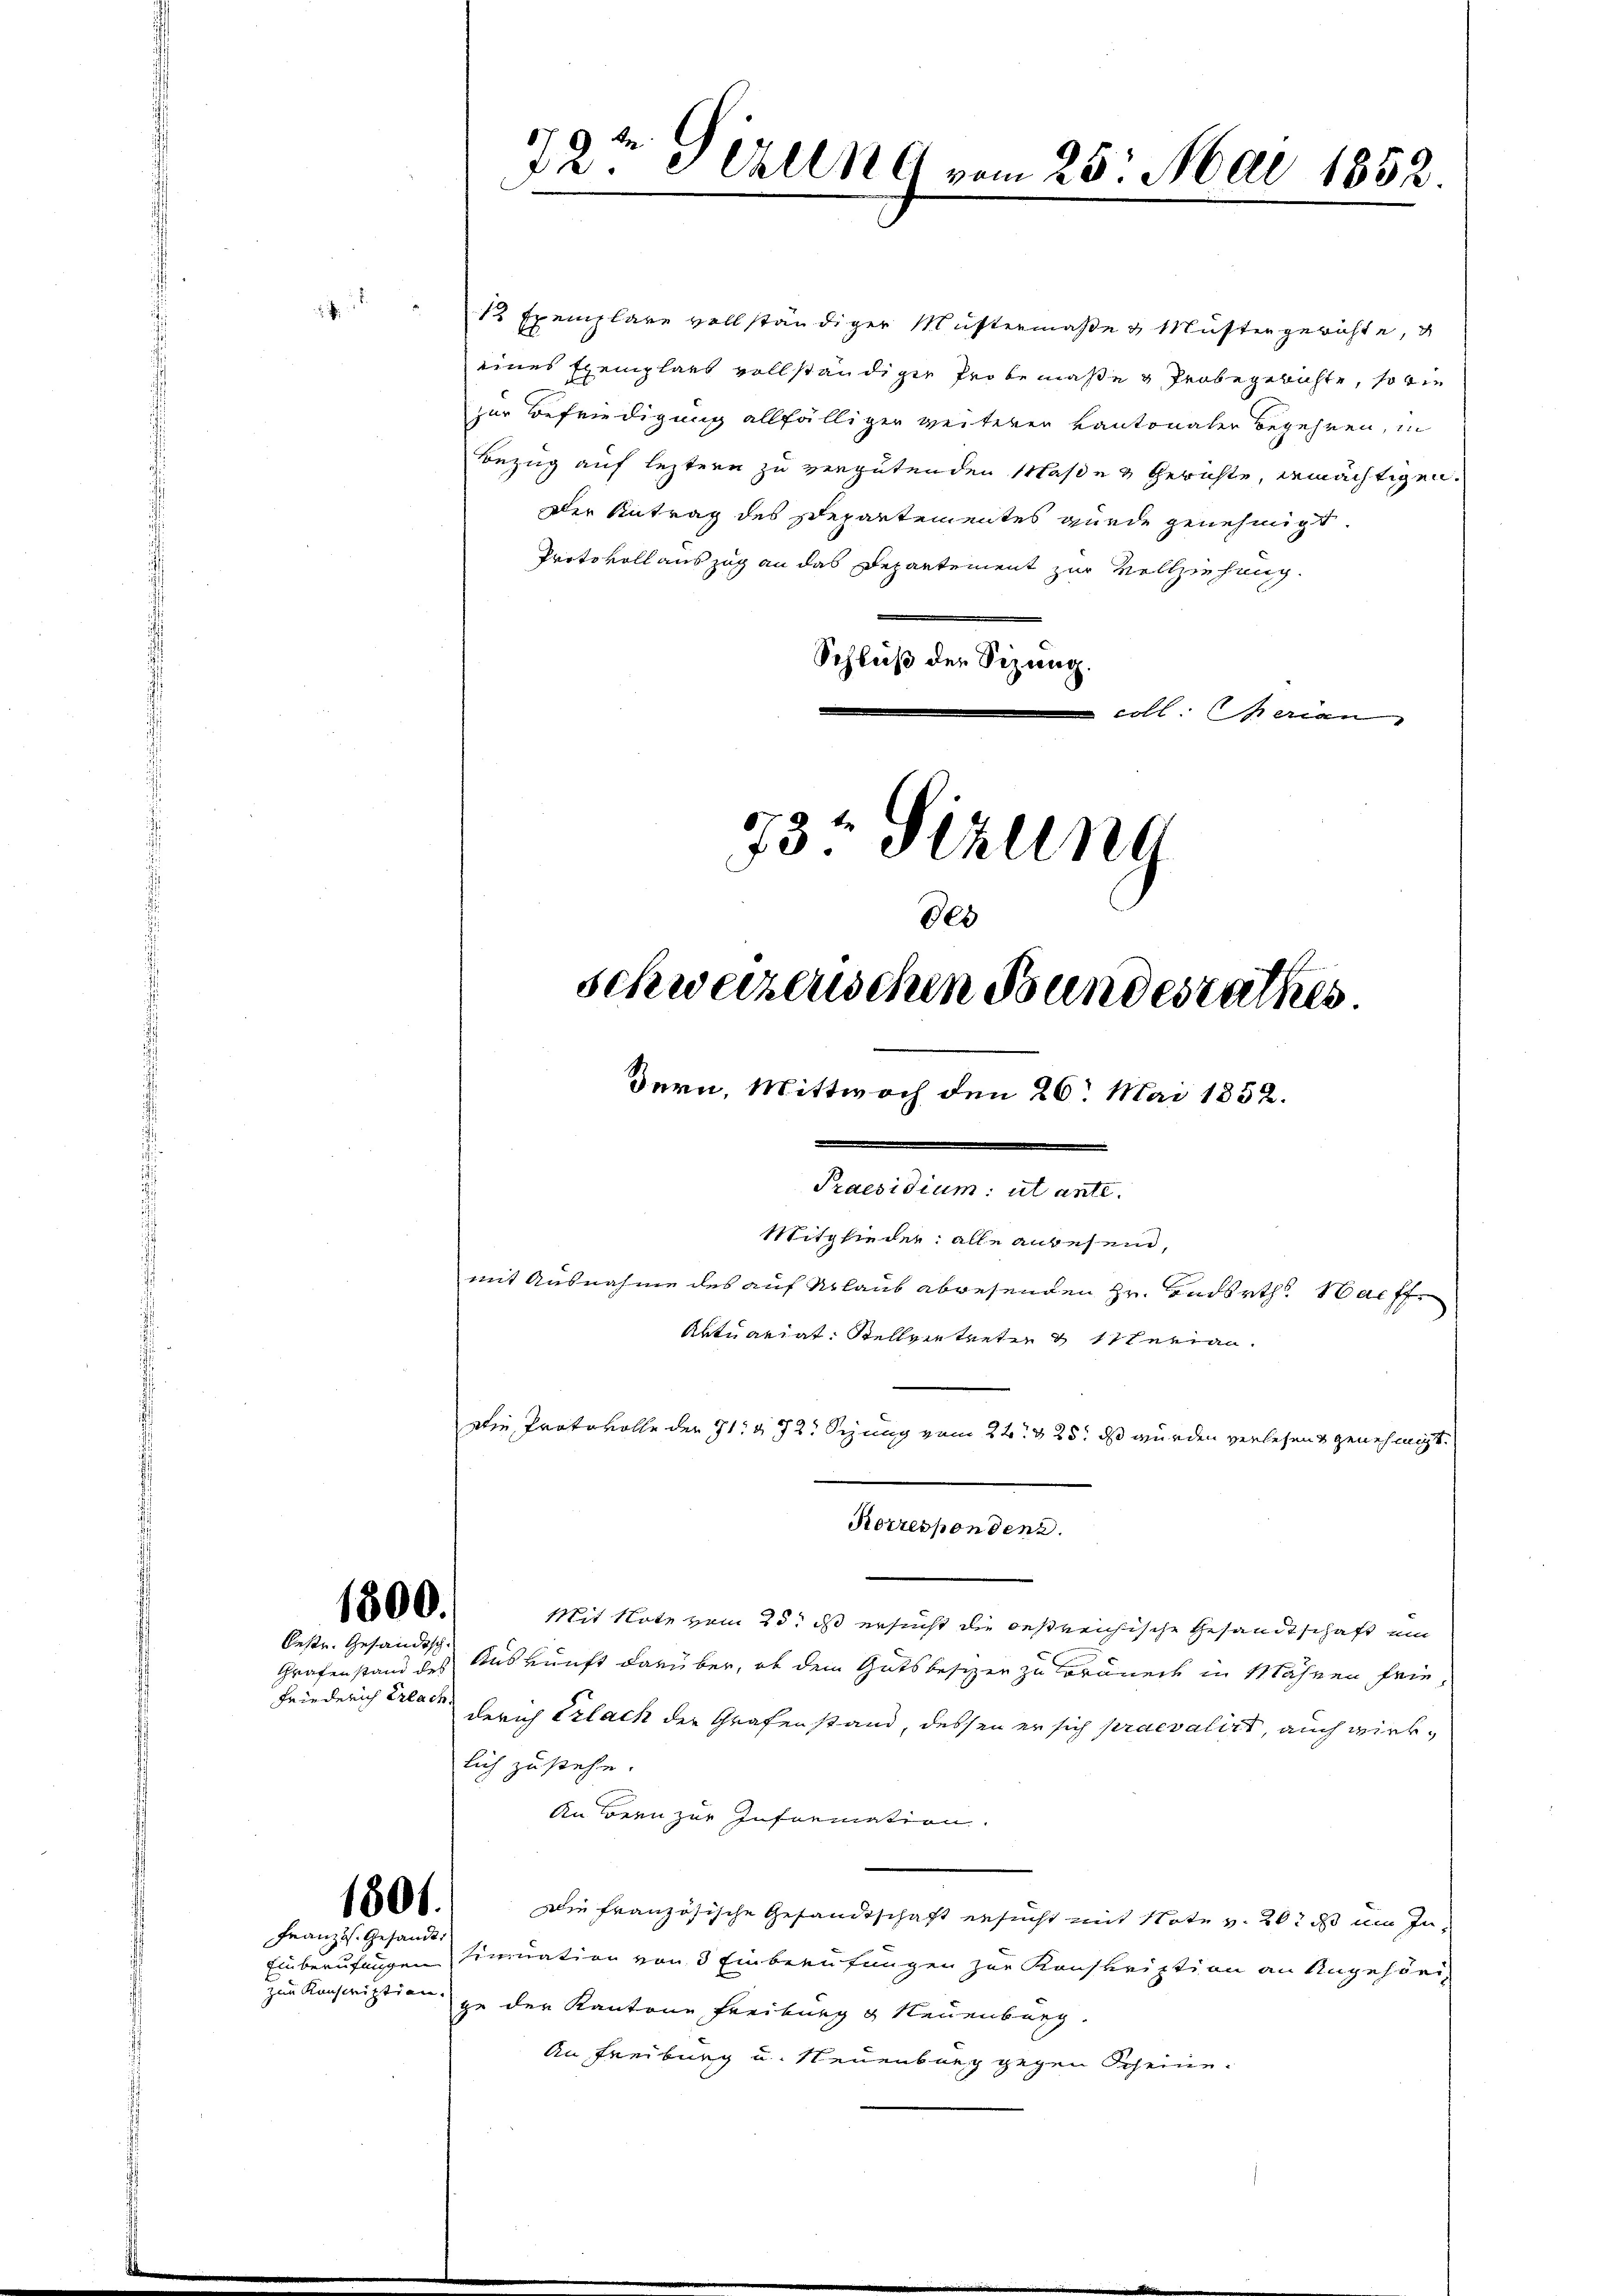
1 Exemplare vollständiger Mustermaße & Müsten gerichte,
eines Exemplars vollständiger Probemaße & Probegerichte, so wie
zur Befriedigung allfälliger weiteren Kantonaler Begehren, in
Bezug auf leztern zu vergütenden Maße & Gerichte, ermächtigen.
Der Antrag des Departementes wurde genehmigt.
Protokoll auszug an das Departement zur Vollziehung.
Schluß der Sizung.
coll. Marien
73: Sizung
Ges

1800.

bestr. Gesandtsch.
Friederich Erlach.

1801.
Französ. Gesandt.

9
da Gerung vom 25. Mai 1852.

Praesidium ut ante.
Mitglieder alle anwesend,
mit Ausnahme des auf Urlaub abwesenden Hr. Endsrth. Haffe
Aktuariat Stellvertreten & sterian

Korresponden.
Mit Note vom 25. ds ersucht die oestreichische Gesandtschaft um
Grafenstand des Auskunft darüber, ob dem Gutsbesizer zu Lorenede in Mähren friederich Erlach der Grafenstand, dessen er sich praevalirt, auch wirklich zu stehe.
An Bern zur Information.
Die französische Gesandtschaft ersucht mit Note v. 20. ds im In¬
Einberufungen sinuation von 3 Einberufungen zur Konskription an Angehörizur Konscription zu der Kantone Freiburg u Neuenburg.
An Freiburg u. Neuenburg gegen Scheine

Die Protokolle der 71. 72. Sezung vom 24t. & 25. ds wurden verlesend genehmigt.

schweizenschen Bundesrathes
Bern, Mittwoch den 26. Mai 1852.